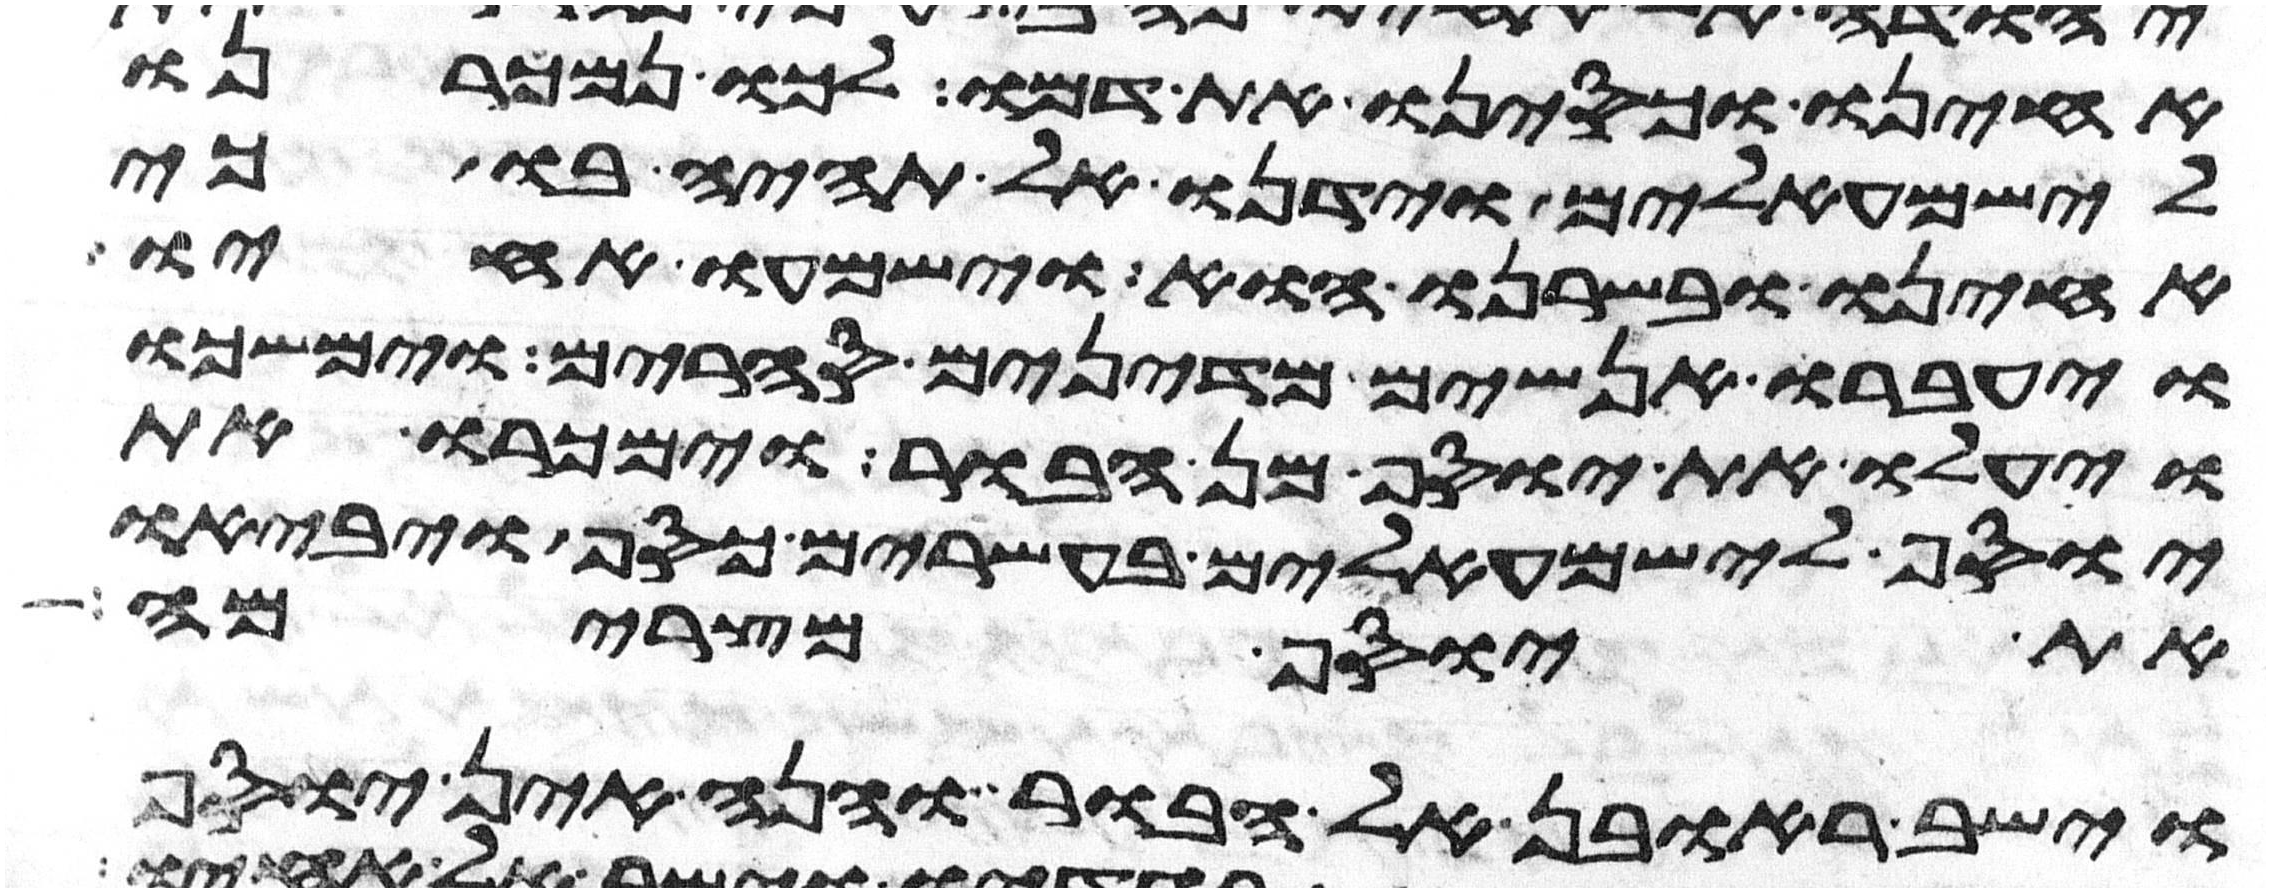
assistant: אחינו וכסינו את דמו לכו נמכרנו
לישמעאלים וידנו אל תהיה בו כי
אחינו ובשרנו הוא וישמעו אחיו
ויעברו אנשים מדינים סחרים וימשכו
ויעלו את יוסף מן הבור וימכרו את
יוסף לישמעאלים בעשרים כסף ויביאו
את יוסף מצרימה
וישב ראובן אל הבור והנה אין יוסף